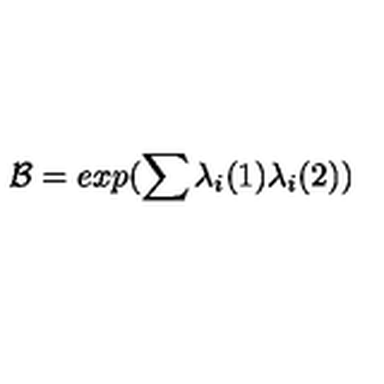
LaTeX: { \cal B } = e x p ( \sum { \lambda } _ { i } ( 1 ) { \lambda } _ { i } ( 2 ) )